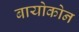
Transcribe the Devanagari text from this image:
बायोकोन